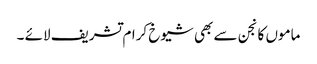
ماموں کانجن سے بھی شیوخ کرام تشریف لائے ۔